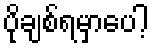
ပိုချစ်ရမှာပေါ့